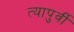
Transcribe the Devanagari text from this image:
त्यापुर्वी